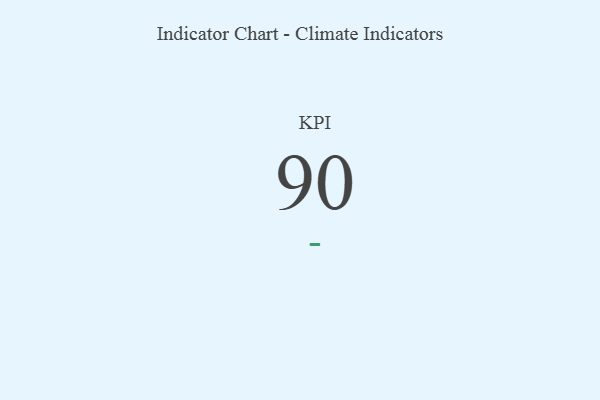
{"axis": {"x": "KPI", "y": "Value"}, "legend": [""], "data": [{"x": "KPI", "y": 90, "type": ""}]}